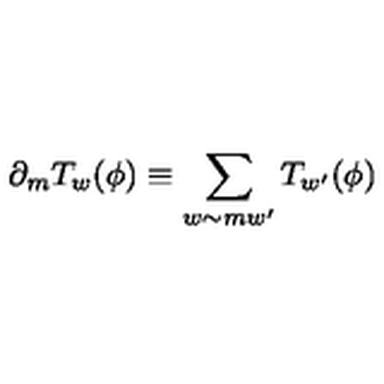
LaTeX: \partial _ { m } T _ { w } ( \phi ) \equiv \sum _ { w \sim m w ^ { \prime } } T _ { w ^ { \prime } } ( \phi )